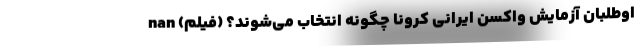
اوطلبان آزمایش واکسن ایرانی کرونا چگونه انتخاب می‌شوند؟ (فیلم) nan